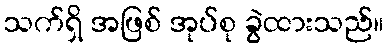
သက်ရှိ အဖြစ် အုပ်စု ခွဲထားသည်။